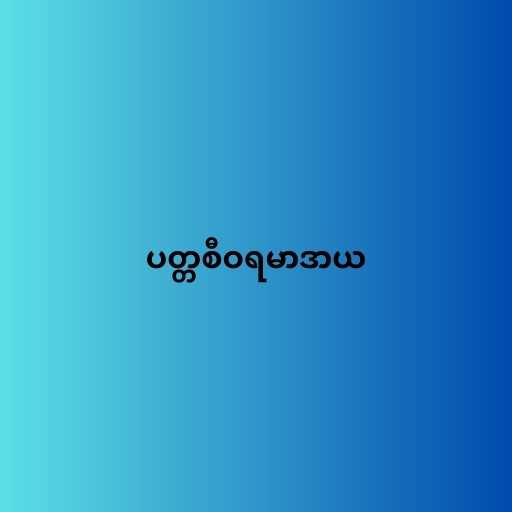
ပတ္တစီဝရမာဒာယ